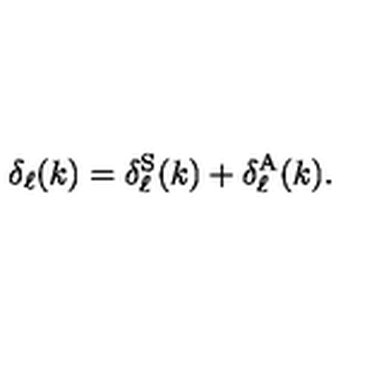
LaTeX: \delta _ { \ell } ( k ) = \delta _ { \ell } ^ { \mathrm { S } } ( k ) + \delta _ { \ell } ^ { \mathrm { A } } ( k ) .